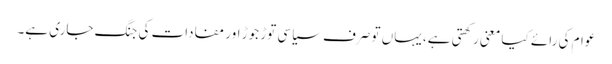
عوام کی رائے کیا معنی رکھتی ہے، یہاں تو صرف سیاسی توڑ جوڑ اور مفادات کی جنگ جاری ہے۔